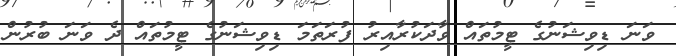
ވަނަ ޑިވިޝަނުގެ ޓީމުތައް ވާދަކުރާއިރު ފުރަތަމަ ޑިވިޝަނުގެ ޓީމުތައް ދެ ވަނަ ބުރުން